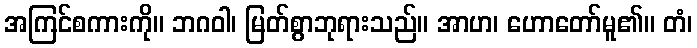
အကြင်စကားကို။ ဘဂဝါ၊ မြတ်စွာဘုရားသည်။ အာဟ၊ ဟောတော်မူ၏။ တံ၊